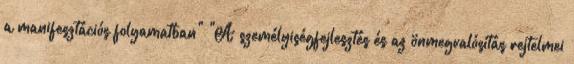
a manifesztációs folyamatban" "A személyiségfejlesztés és az önmegvalósítás rejtelmei